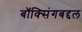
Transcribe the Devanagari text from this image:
बॉक्सिंगबद्दल